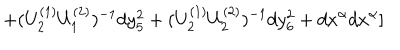
LaTeX: + ( U _ { 2 } ^ { ( 1 ) } U _ { 1 } ^ { ( 2 ) } ) ^ { - 1 } d y _ { 5 } ^ { 2 } + ( U _ { 2 } ^ { ( 1 ) } U _ { 2 } ^ { ( 2 ) } ) ^ { - 1 } d y _ { 6 } ^ { 2 } + d x ^ { \alpha } d x ^ { \alpha } ]